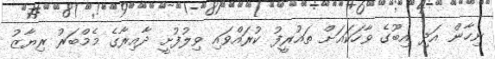
ނިހާން އަދި އިބޫގެ ވާހަކައަށް ތައުރީފު ކުރައްވައި ވިލުފުށީ ދާއިރާގެ މެމްބަރު ރިޔާޒު